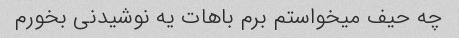
چه حیف میخواستم برم باهات یه نوشیدنی بخورم